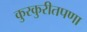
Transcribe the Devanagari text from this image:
कुरकुरीतपणा